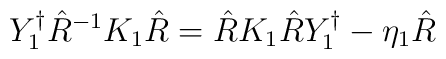
Y_{1}^{\dagger} \hat{R}^{-1} K_{1} \hat{R} = \hat{R} K_{1} \hat{R}Y_{1}^{\dagger}- \eta_{1} \hat{R}